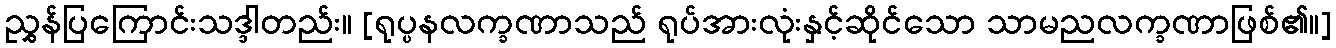
ညွှန်ပြကြောင်းသဒ္ဒါတည်း။ [ရုပ္ပနလက္ခဏာသည် ရုပ်အားလုံးနှင့်ဆိုင်သော သာမညလက္ခဏာဖြစ်၏။]